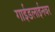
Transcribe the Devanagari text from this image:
गाईडलाईनवर